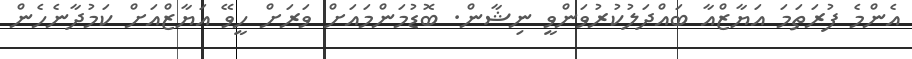
އެންމެ ފުރަތަމަ އަޔާޒްއާ ބައްދަލުކުރުވަންވީ ނިޝާން. ބޮޑުމަންމައަށް ވަރަށް ހީވޭ އަޔާޒްއަށް ކަމުދާނެހެން